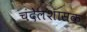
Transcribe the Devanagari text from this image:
चंदेलशासक